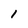
Character: 1